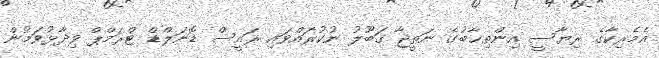
އެމެރިކާގެ ރިޔާސީ އިންތިޚާބުގެ ނަތީޖާ ގަބޫލު ނުކުރައްވައި ރައީސް ޑޮނަލްޑް ޓްރަމްޕް ވިދާޅުވަމުން